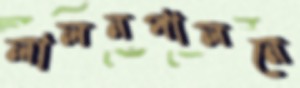
লালনপালনে